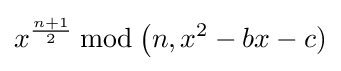
x^{n+1 \over 2}\,{\bmod {\,}}{\big (}n,x^{2}-bx-c)